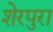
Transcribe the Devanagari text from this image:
शेरपुरा